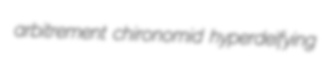
arbitrement chironomid hyperdeifying